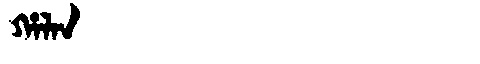
Manchu: ᡥᠠᠯᠠᠨ
Romanization: HALAN